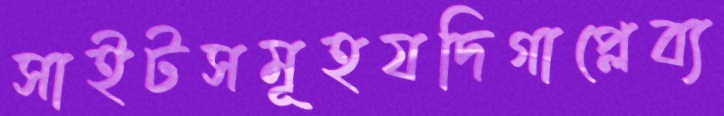
সাইটসমূহযদিগাপ্লেব্য